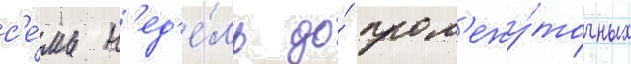
с'е́мь н'ед'е́ль до́ пром'ежу́точных